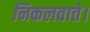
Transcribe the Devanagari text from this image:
निकलवाते।